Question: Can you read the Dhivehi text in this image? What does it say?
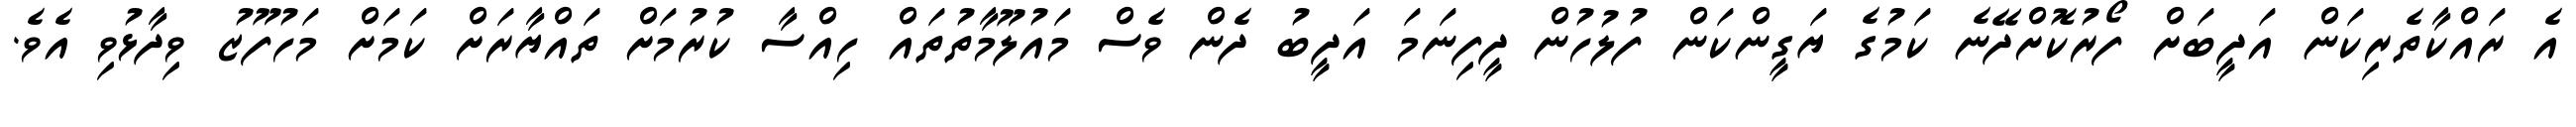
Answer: އެ ރައްކާތެރިކަން އަދީބަށް ފޯރުކޮށްދޭނެ ކަމުގެ ޔަގީންކަން ފުލުހުން ދީފިނަމަ އަދީބު ދެން ވެސް މައުލޫމާތުތައް ހިއްސާ ކުރުމަށް ތައްޔާރަށް ކަމަށް މަހުފޫޒު ވިދާޅުވި އެވެ.